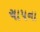
ચાપના